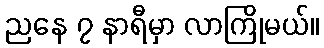
ညနေ ၇ နာရီမှာ လာကြိုမယ်။